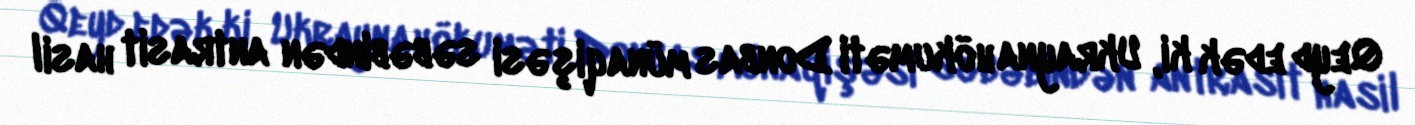
Qeyd edək ki, Ukrayna hökuməti Donbas münaqişəsi səbəbindən antrasit hasil